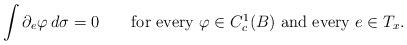
LaTeX: \begin{align*}\int \partial_{e} \varphi \,d\sigma =0\qquad\mbox{for every \(\varphi\in C_c^1(B)\) and every \(e\in T_x\)}.\end{align*}